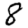
Digit: 8